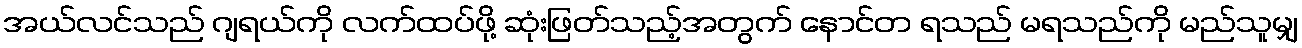
အယ်လင်သည် ဂျရယ်ကို လက်ထပ်ဖို့ ဆုံးဖြတ်သည့်အတွက် နောင်တ ရသည် မရသည်ကို မည်သူမျှ